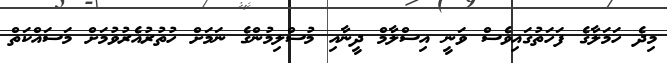
މިދެ ހަމަލާގެ ފަހަތުގައިވެސް ވަނީ އިސްލާމް ދީނާއި މުސްލިމުންގެ ނަމަށް ހުތުރުއެރުވުމަށް މަސައްކަތް